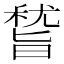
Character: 𥡞